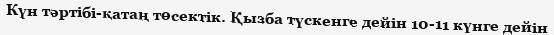
Күн тәртібі-қатаң төсектік. Қызба түскенге дейін 10-11 күнге дейін